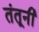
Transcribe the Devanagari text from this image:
तंतूनी